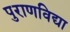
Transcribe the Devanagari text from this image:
पुराणविद्या